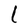
Character: l